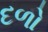
દળો